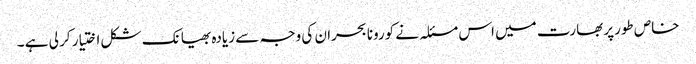
خاص طورپر بھارت میں اس مسئلہ نے کورونا بحران کی وجہ سے زیادہ بھیانک شکل اختیار کر لی ہے ۔